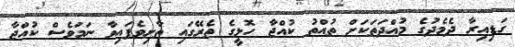
ގަޑިއިރާ ދެމެދުގެ މުއްދަތަކަށް ތުއްތު ކުއްޖާ ހޮޅީގެ ތެރޭގައި ތާށިވެފައިވާ ނަމަވެސް ކުއްޖާ